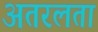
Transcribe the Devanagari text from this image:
अतरलता